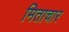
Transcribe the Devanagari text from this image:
मिताचार